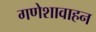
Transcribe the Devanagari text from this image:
गणेशावाहन